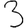
Digit: 3